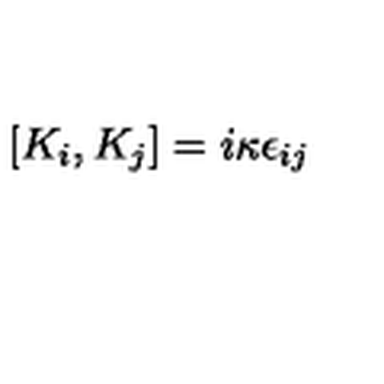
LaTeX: [ K _ { i } , K _ { j } ] = i \kappa \epsilon _ { i j }